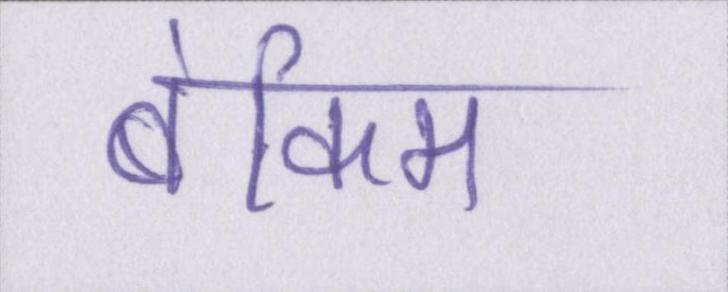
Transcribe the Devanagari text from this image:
बंकिम